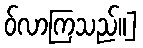
ဝ်လာကြသည်။]